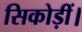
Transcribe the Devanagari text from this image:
सिकोड़ीं।